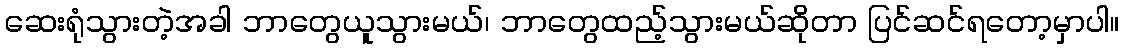
ဆေးရုံသွားတဲ့အခါ ဘာတွေယူသွားမယ်၊ ဘာတွေထည့်သွားမယ်ဆိုတာ ပြင်ဆင်ရတော့မှာပါ။